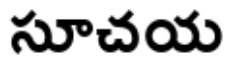
సూచయ